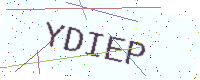
Text: YDIEP